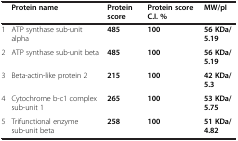
|  | Protein name | Protein score | Protein score C.I. % | MW/pI |
 | --- | --- | --- | --- | --- |
 | 1 | ATP synthase sub-unit alpha | 485 | 100 | 56 KDa/5.19 |
 | 2 | ATP synthase sub-unit beta | 485 | 100 | 56 KDa/5.19 |
 | 3 | Beta-actin-like protein 2 | 215 | 100 | 42 KDa/5.3 |
 | 4 | Cytochrome b-c1 complex sub-unit 1 | 265 | 100 | 53 KDa/5.75 |
 | 5 | Trifunctional enzyme sub-unit beta | 258 | 100 | 51 KDa/4.82 |